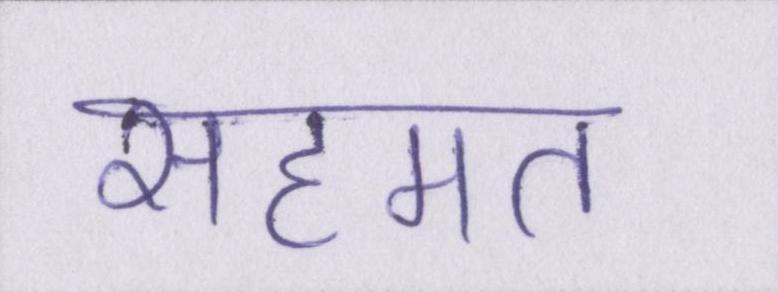
सहमत